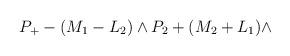
LaTeX: \begin{align*}P_{+}-(M_{1}-L_{2})\wedge P_{2}+(M_{2}+L_{1})\wedge\end{align*}